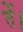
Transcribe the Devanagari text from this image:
तें।